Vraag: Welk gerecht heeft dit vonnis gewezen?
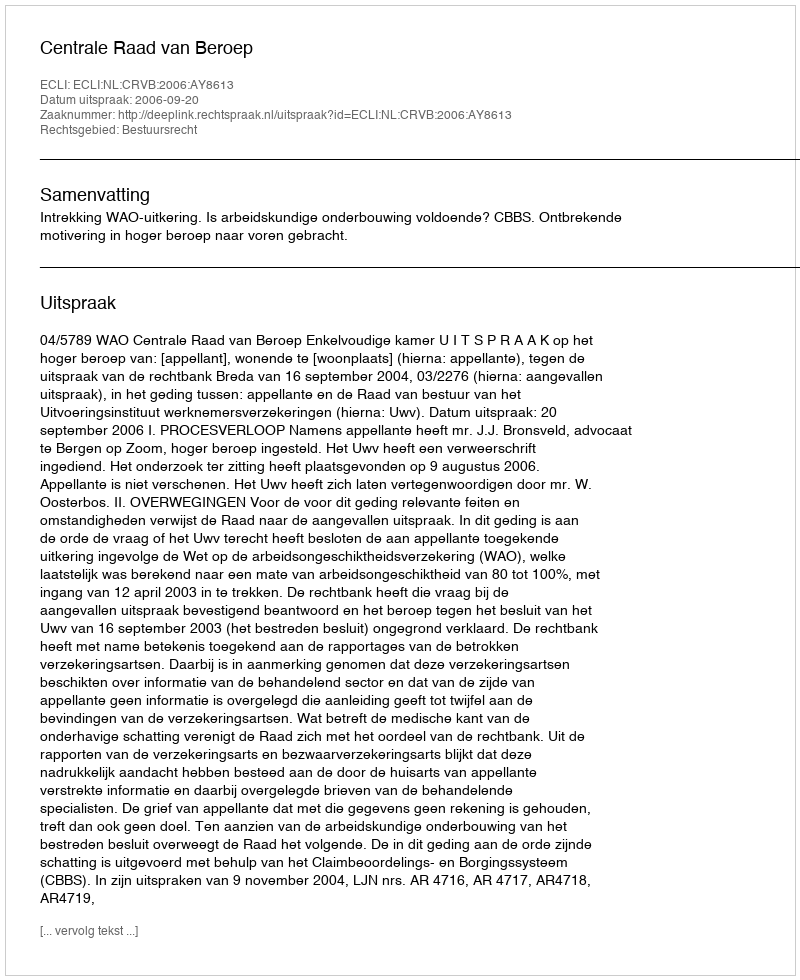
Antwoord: Centrale Raad van Beroep